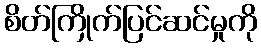
စိတ်ကြိုက်ပြင်ဆင်မှုကို